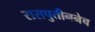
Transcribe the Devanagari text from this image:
रासपुतीननेच